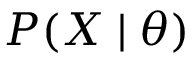
P ( X \mid \theta )